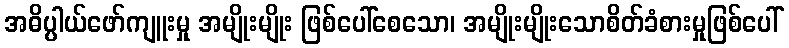
အဓိပ္ပါယ်ဖော်ကျူးမှု အမျိုးမျိုး ဖြစ်ပေါ်စေသော၊ အမျိုးမျိုးသောစိတ်ခံစားမှုဖြစ်ပေါ်